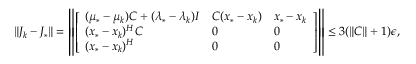
\| J _ { k } - J _ { * } \| = \left\| \left[ \begin{array} { l l l } { ( \mu _ { * } - \mu _ { k } ) C + ( \lambda _ { * } - \lambda _ { k } ) I } & { C ( x _ { * } - x _ { k } ) } & { x _ { * } - x _ { k } } \\ { ( x _ { * } - x _ { k } ) ^ { H } C } & { 0 } & { 0 } \\ { ( x _ { * } - x _ { k } ) ^ { H } } & { 0 } & { 0 } \end{array} \right] \right\| \leq 3 ( \| C \| + 1 ) \epsilon ,